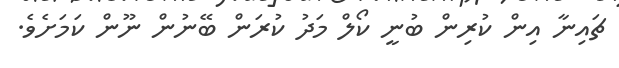
ޗައިނާ އިން ކުރިން ބުނީ ކޯލް މަދު ކުރަން ބޭނުން ނޫން ކަމަށެވެ.